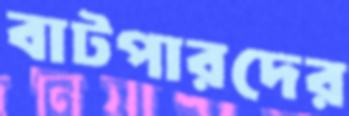
বাটপারদের